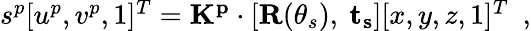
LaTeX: \begin{array}{r}{s^{p}[u^{p},v^{p},1]^{T}=\mathbf{K^{p}}\cdot[\mathbf{R}(\theta_{s}),~\mathbf{t_{s}}][x,y,z,1]^{T}\enspace,}\end{array}